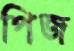
পিজ